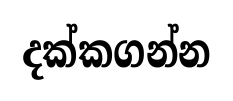
දක්කගන්න